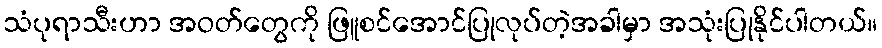
သံပုရာသီးဟာ အဝတ်တွေကို ဖြူစင်အောင်ပြုလုပ်တဲ့အခါမှာ အသုံးပြုနိုင်ပါတယ်။